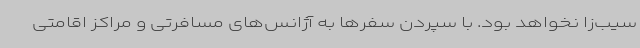
سیب‌زا نخواهد بود. با سپردن سفرها به آژانس‌های مسافرتی و مراکز اقامتی